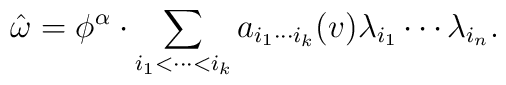
\hat{\omega} = \phi^{\alpha}\cdot\sum_{i_{1}<\cdots<i_{k}}a_{i_{1}\cdots i_{k}}(v) \lambda_{i_{1}}\cdots \lambda_{i_{n}}.